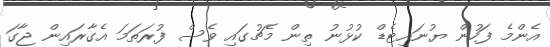
އެންމެ ފަހުން ޔުނައިޓެޑް ކުޅުނު ތިން މެޗުގައި ވެސް ފުރަތަމަ އެގާރައިން ޖާގަ